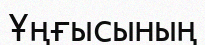
Ұңғысының